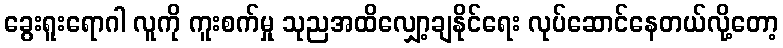
ခွေးရူးရောဂါ လူကို ကူးစက်မှု သုညအထိလျှော့ချနိုင်ရေး လုပ်ဆောင်နေတယ်လို့တော့